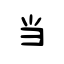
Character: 当